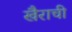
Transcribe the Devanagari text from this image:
खैराची